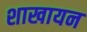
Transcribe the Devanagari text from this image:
शाखायन